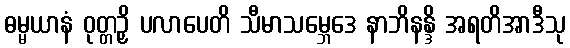
ဓမ္မယာနံ ဝုတ္တဉှိ ပလာပေတိ သီမာသမ္ဘေဒေ နာဘိနန္ဒိ အရတိအာဒီသု